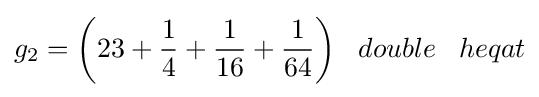
g_{2}={\bigg (}23+{\frac {1}{4}}+{\frac {1}{16}}+{\frac {1}{64}}{\bigg )}\;\;\;double\;\;\;heqat